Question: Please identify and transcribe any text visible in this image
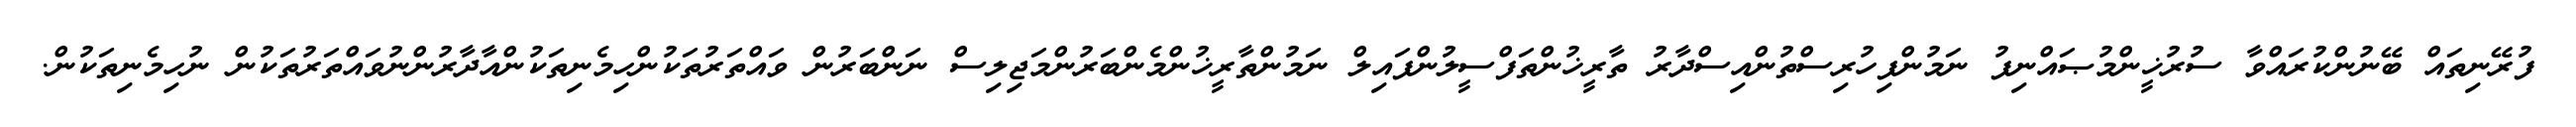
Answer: ފުރޭނިތައް ބޭނުންކުރައްވާ ސުރުޚީންމުޞައްނިފު ނަމުންފިހުރިސްތުންއިސްދާރު ތާރީޚުންތަފްސީލުންފައިލް ނަމުންތާރީޚުންމެންބަރުންމަޖިލިސް ނަންބަރުން ވައްތަރުތަކުންހިމެނިތަކުންއާދާރުންނުވައްތަރުތަކުން ނުހިމެނިތަކުން.